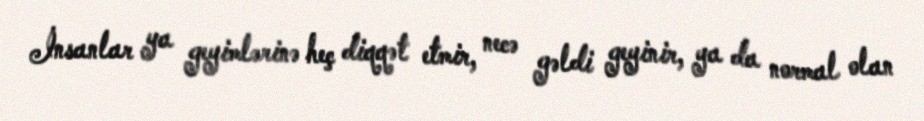
İnsanlar ya geyimlərinə heç diqqət etmir, necə gəldi geyinir, ya da normal olan